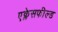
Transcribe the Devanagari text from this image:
एक्लेसफील्ड